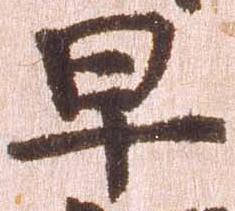
早